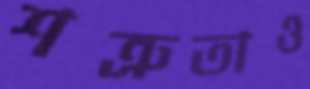
শত্রুতাও